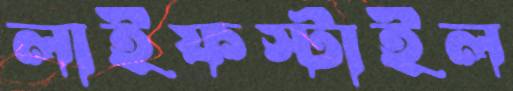
লাইফস্টাইল